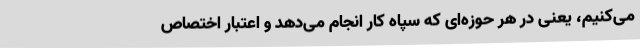
می‌کنیم، یعنی در هر حوزه‌ای که سپاه کار انجام می‌دهد و اعتبار اختصاص